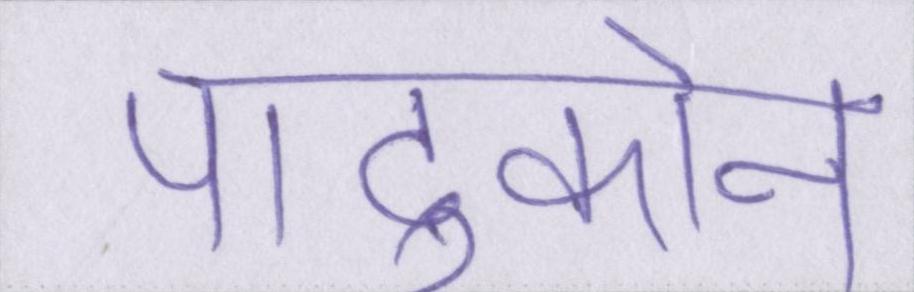
पादुकोन